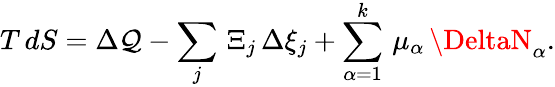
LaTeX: T\, dS=\Delta\mathcal{Q}-\sum_{j}\, \Xi_{j}\, \Delta\xi_{j}+\sum_{\alpha=1}^{k}\, \mu_{\alpha}\, \DeltaN_{\alpha}.